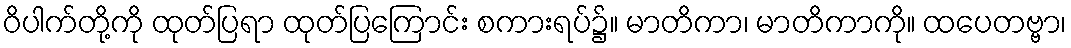
ဝိပါက်တို့ကို ထုတ်ပြရာ ထုတ်ပြကြောင်း စကားရပ်၌။ မာတိကာ၊ မာတိကာကို။ ထပေတဗ္ဗာ၊